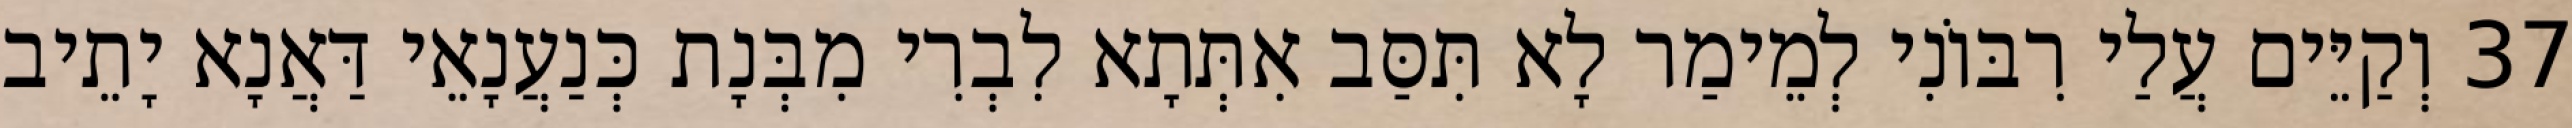
37 וְקַיֵּים עֲלַי רִבּוֹנִי לְמֵימַר לָא תִּסַּב אִתְּתָא לִבְרִי מִבְּנָת כְּנַעֲנָאֵי דַּאֲנָא יָתֵיב